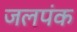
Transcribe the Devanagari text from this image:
जलपंक